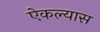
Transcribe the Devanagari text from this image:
ऐकल्यास